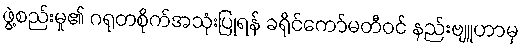
ဖွဲ့စည်းမှု၏ ဂရုတစိုက်အသုံးပြုရန် ခရိုင်ကော်မတီဝင် နည်းဗျူဟာမှ